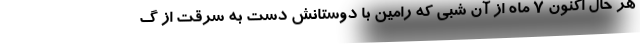
هر حال اکنون 7 ماه از آن شبی که رامین با دوستانش دست به سرقت از گ